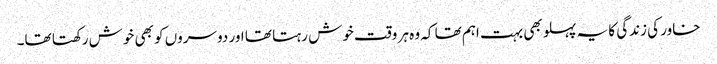
خاور کی زندگی کا یہ پہلو بھی بہت اہم تھا کہ وہ ہر وقت خوش رہتا تھا اور دوسروں کو بھی خوش رکھتا تھا۔